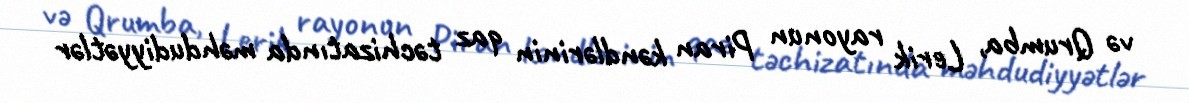
və Qrumba, Lerik rayonun Piran kəndlərinin qaz təchizatında məhdudiyyətlər